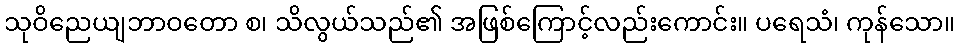
သုဝိညေယျဘာဝတော စ၊ သိလွယ်သည်၏ အဖြစ်ကြောင့်လည်းကောင်း။ ပရေသံ၊ ကုန်သော။